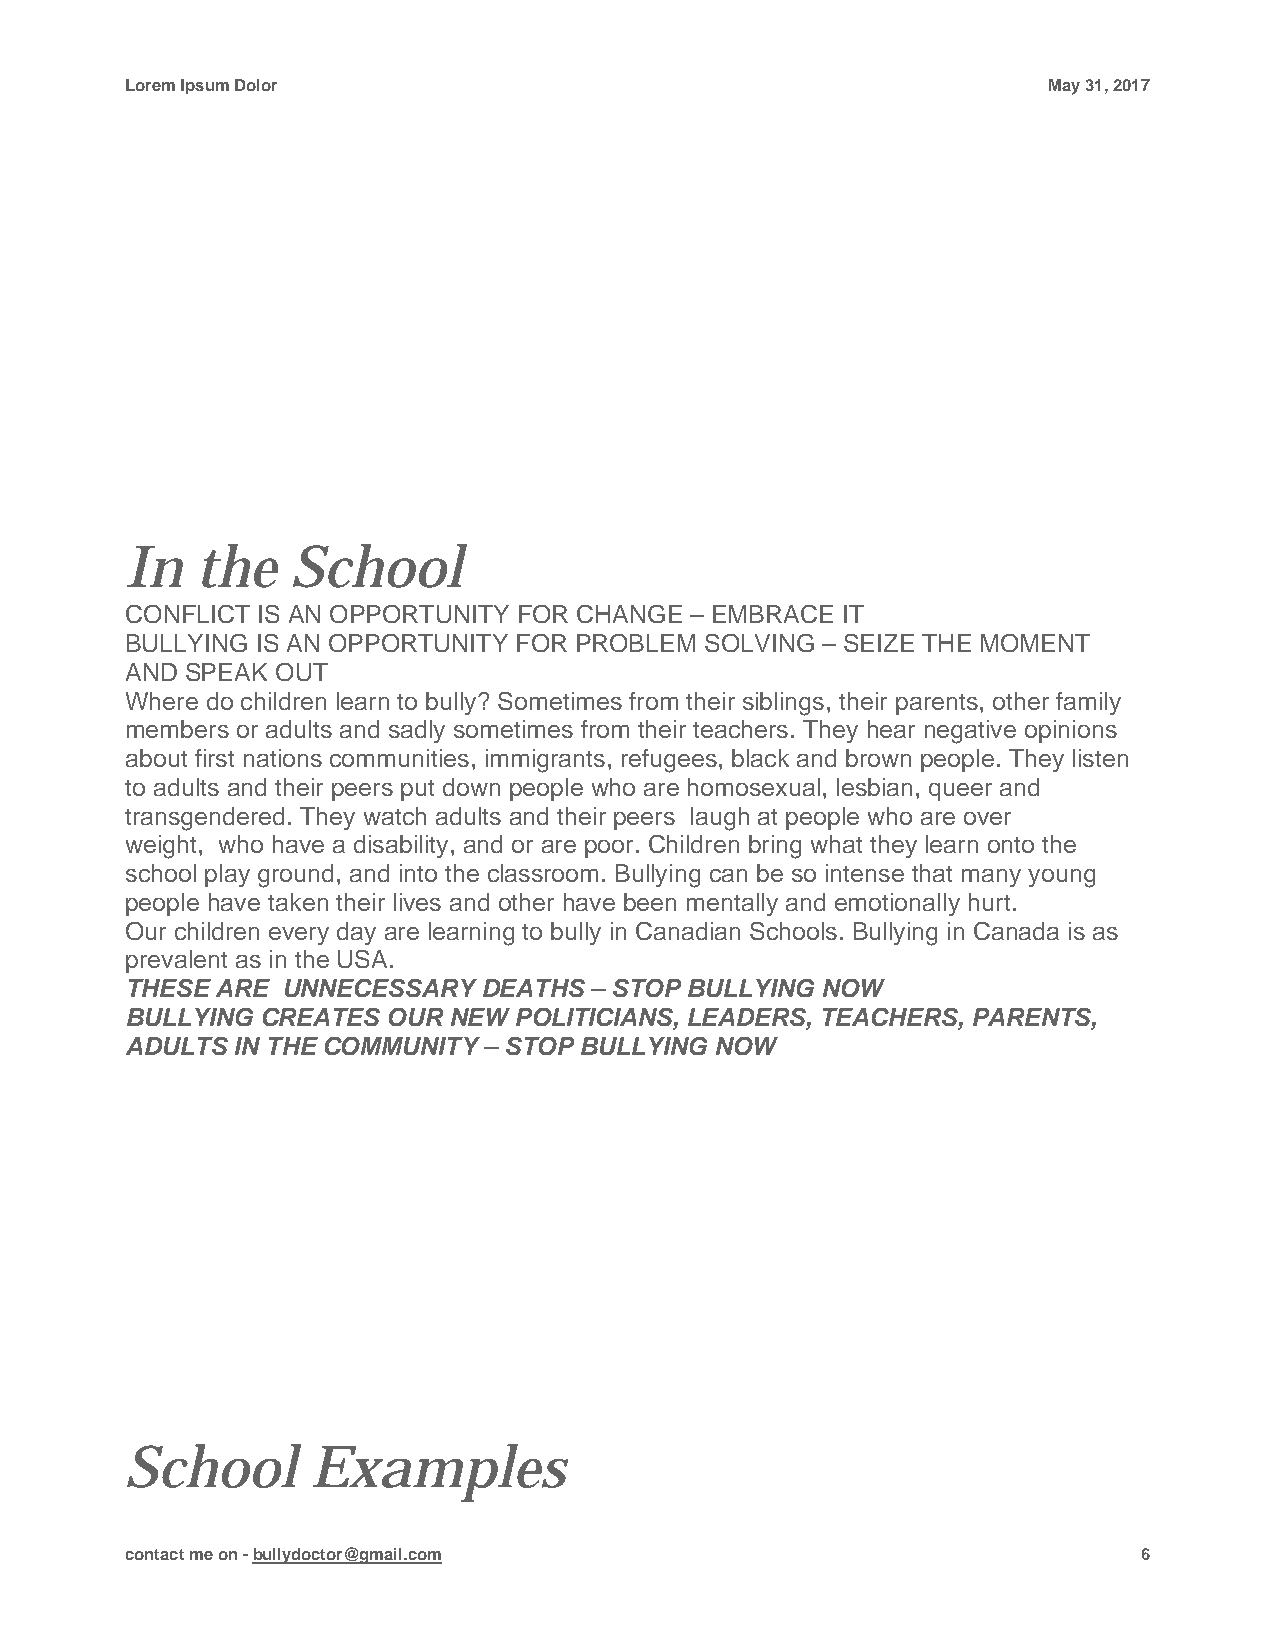
Lorem Ipsum Dolor                                            May 31, 2017
 In   the   School
 CONFLICT IS AN OPPORTUNITY FOR CHANGE – EMBRACE IT
 BULLYING IS AN OPPORTUNITY FOR PROBLEM SOLVING – SEIZE THE MOMENT
 AND SPEAK OUT
 Where do children learn to bully? Sometimes from their siblings, their parents, other family
 members or adults and sadly sometimes from their teachers. They hear negative opinions
 about first nations communities, immigrants, refugees, black and brown people. They listen
 to adults and their peers put down people who are homosexual, lesbian, queer and
 transgendered. They watch adults and their peers laugh at people who are over
 weight, who have a disability, and or are poor. Children bring what they learn onto the
 school play ground, and into the classroom. Bullying can be so intense that many young
 people have taken their lives and other have been mentally and emotionally hurt.
 Our children every day are learning to bully in Canadian Schools. Bullying in Canada is as
 prevalent as in the USA.
 THESE ARE  UNNECESSARY  DEATHS – STOP BULLYING NOW
 BULLYING CREATES  OUR NEW POLITICIANS, LEADERS, TEACHERS, PARENTS,
 ADULTS IN THE COMMUNITY – STOP BULLYING NOW
 School       Examples
 contact me on - bullydoctor@gmail.com                               6